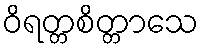
ဝိရတ္တစိတ္တာသေ